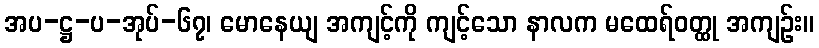
အပ-ဋ္ဌ-ပ-အုပ်-၆၇၊ မောနေယျ အကျင့်ကို ကျင့်သော နာလက မထေရ်ဝတ္ထု အကျဉ်း။